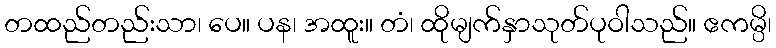
တထည်တည်းသာ၊ ပေ။ ပန၊ အထူး။ တံ၊ ထိုမျက်နှာသုတ်ပုဝါသည်။ ဧကမ္ပိ၊